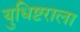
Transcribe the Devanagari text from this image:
युधिष्टराला